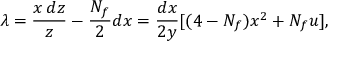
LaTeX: \lambda = \frac { x \, d z } { z } - \frac { N _ { f } } { 2 } d x = \frac { d x } { 2 y } [ ( 4 - N _ { f } ) x ^ { 2 } + N _ { f } u ] ,